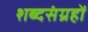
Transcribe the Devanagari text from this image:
शब्दसंग्रहों